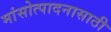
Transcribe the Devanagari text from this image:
मांसोत्पादनासाठी